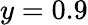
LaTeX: y=0.9